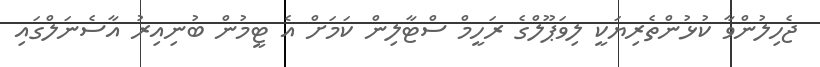
ޖެހިލުންވާ ކުޅުންތެރިޔަކީ ލިވަޕޫލްގެ ރަހީމް ސްޓާލިން ކަމަށް އެ ޓީމުން ބުނިއިރު އާސެނަލްގައި